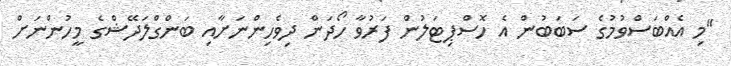
"މި އެއްބަސްވުމުގެ ސަބަބުން އެ ހޮސްޕިޓަލުން ފަރުވާ ހޯދަން ދިވެހިންނަށާއި ބަންގްލަދޭޝްގެ މީހުންނަށް